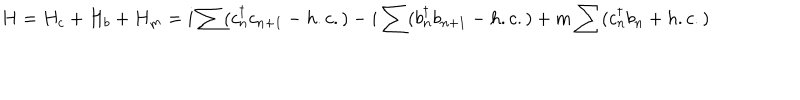
H = H _ { c } + H _ { b } + H _ { m } = i \sum ( c _ { n } ^ { \dagger } c _ { n + 1 } - h . c . ) - i \sum ( b _ { n } ^ { \dagger } b _ { n + 1 } - h . c . ) + m \sum ( c _ { n } ^ { \dagger } b _ { n } + h . c . )